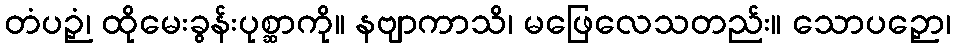
တံပဉှံ၊ ထိုမေးခွန်းပုစ္ဆာကို။ နဗျာကာသိ၊ မဖြေလေသတည်း။ သောပဉှော၊